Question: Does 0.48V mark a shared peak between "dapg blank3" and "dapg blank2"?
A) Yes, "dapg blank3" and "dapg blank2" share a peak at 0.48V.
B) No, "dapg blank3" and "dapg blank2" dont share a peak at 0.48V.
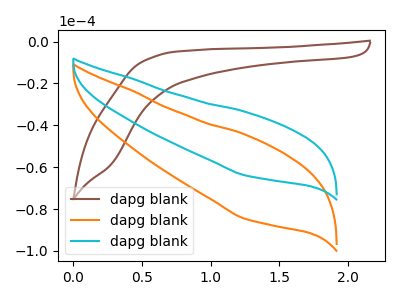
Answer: <think>The brown curve "dapg blank1" has no peaks. The orange curve "dapg blank2" has no peaks. The cyan curve "dapg blank3" has no peaks.</think>
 <answer>B) No, "dapg blank3" and "dapg blank2" dont share a peak at 0.48V.</answer>
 <eval>B</eval>